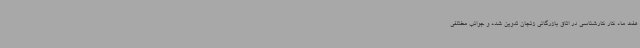
هفت ماه کار کارشناسی در اتاق بازرگانی زنجان تدوین شده و جوانب مختلفی